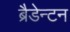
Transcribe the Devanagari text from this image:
ब्रैडेन्टन